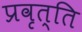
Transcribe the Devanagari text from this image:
प्रवृत्ति